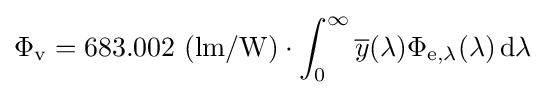
\Phi _{\mathrm {v} }=683.002\ (\mathrm {lm/W} )\cdot \int _{0}^{\infty }{\overline {y}}(\lambda )\Phi _{\mathrm {e} ,\lambda }(\lambda )\,\mathrm {d} \lambda